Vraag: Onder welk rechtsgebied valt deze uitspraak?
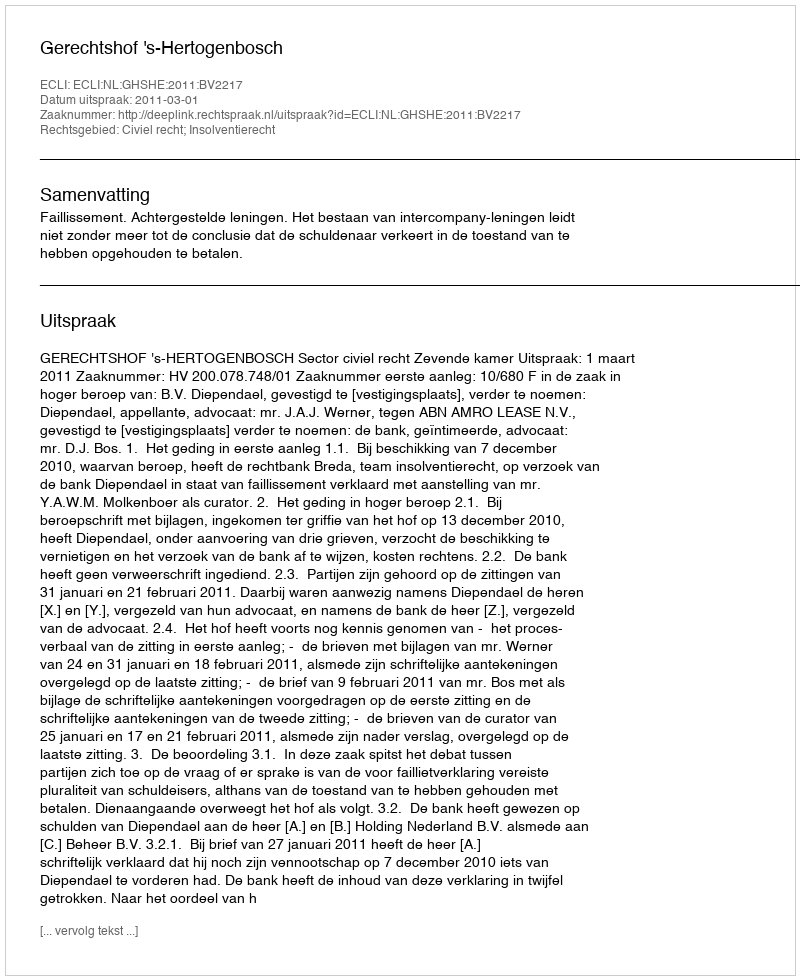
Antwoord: Civiel recht; Insolventierecht